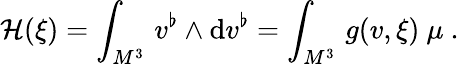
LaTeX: {\mathcal H}(\xi)=\int_{M^{3}}\, v^{\flat}\wedge\mathrm{d}v^{\flat}=\int_{M^{3}}\, g(v,\xi)\ \mu\ .